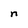
Character: n